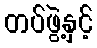
တပ်ဖွဲ့နှင့်